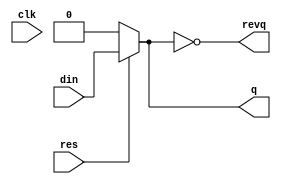
`timescale 1ns/100ps

module d_flip(din, clk, res, q, revq);

	input din, clk, res;
	output q, revq;
	reg q;

	assign revq = ~q;

always @(clk) begin

	if(res == 0)
		q = 0;

	else 
		q = din;
end
endmodule

module valid_in(din, clk, res, out);

	input din, clk, res;
	output out;
	wire q1, revq1, q2, revq2;
	
	d_flip bl1(din, clk, res, q1, revq1);
	d_flip bl2(q1, clk, res, q2, revq2);
	and(out, q1, revq2);
	
endmodule